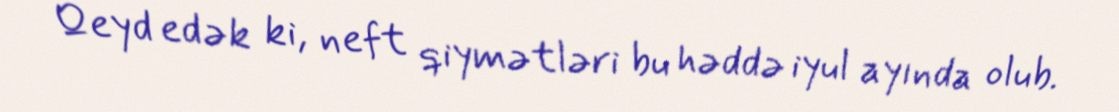
Qeyd edək ki, neft qiymətləri bu həddə iyul ayında olub.